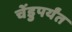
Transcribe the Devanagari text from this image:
चेंडुपर्यंत